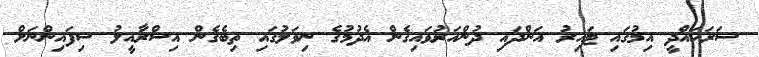
ސަރަހައްދީ އިމުގައި ޓައިރު އަންދައި ދުންއަރުވައިގެން އެދުމުގެ ނިވަލުގައި ތިބެގެން އިސްރާއީލު ސިފައިންނަށް